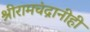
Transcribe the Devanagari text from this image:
श्रीरामचंद्रानीही